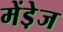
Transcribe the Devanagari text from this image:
मेंडे़ज